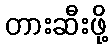
တားဆီးဖို့